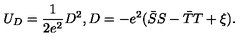
U _ { D } = \frac { 1 } { 2 e ^ { 2 } } D ^ { 2 } , D = - e ^ { 2 } ( \bar { S } S - \bar { T } T + \xi ) .